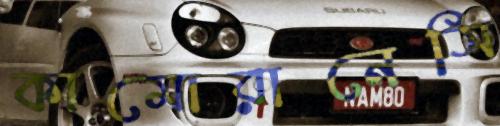
কামোরানেসি